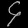
Digit: ၄